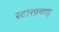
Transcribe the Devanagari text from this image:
स्टारप्रवाह